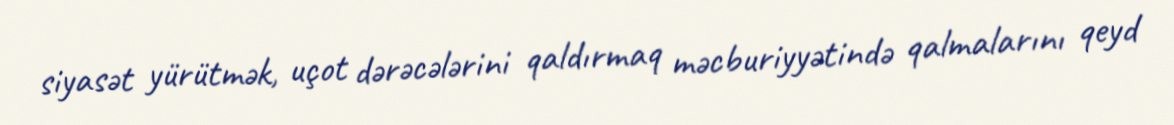
siyasət yürütmək, uçot dərəcələrini qaldırmaq məcburiyyətində qalmalarını qeyd